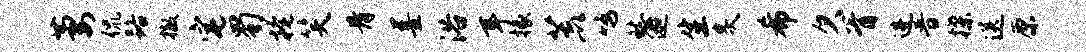
萋侃路撤宅蜀掩笑骨墨浴耳掾荒鸣愁迦生炙希欠胥进普揲送原